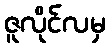
ဇူလိုင်လမှ